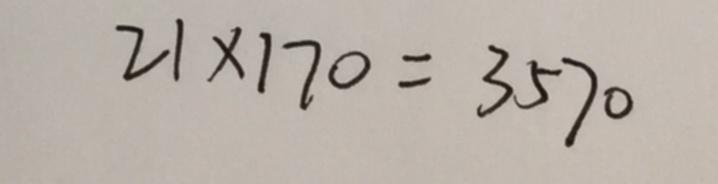
2 1 \times 1 7 0 = 3 5 7 0